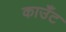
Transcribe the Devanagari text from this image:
काउँट